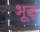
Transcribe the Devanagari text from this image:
भूढ़